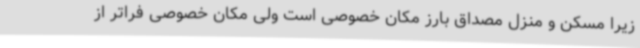
زیرا مسکن و منزل مصداق بارز مکان خصوصی است ولی مکان خصوصی فراتر از